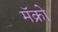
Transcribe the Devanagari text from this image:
मॅक्रो